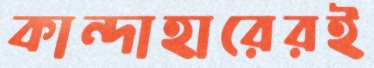
কান্দাহারেরই